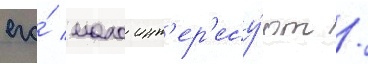
его́ мало инт'ер'есу́ют /